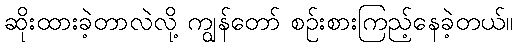
ဆိုးထားခဲ့တာလဲလို့ ကျွန်တော် စဉ်းစားကြည့်နေခဲ့တယ်။